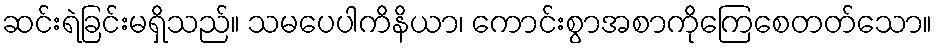
ဆင်းရဲခြင်းမရှိသည်။ သမပေပါကိနိယာ၊ ကောင်းစွာအစာကိုကြေစေတတ်သော။